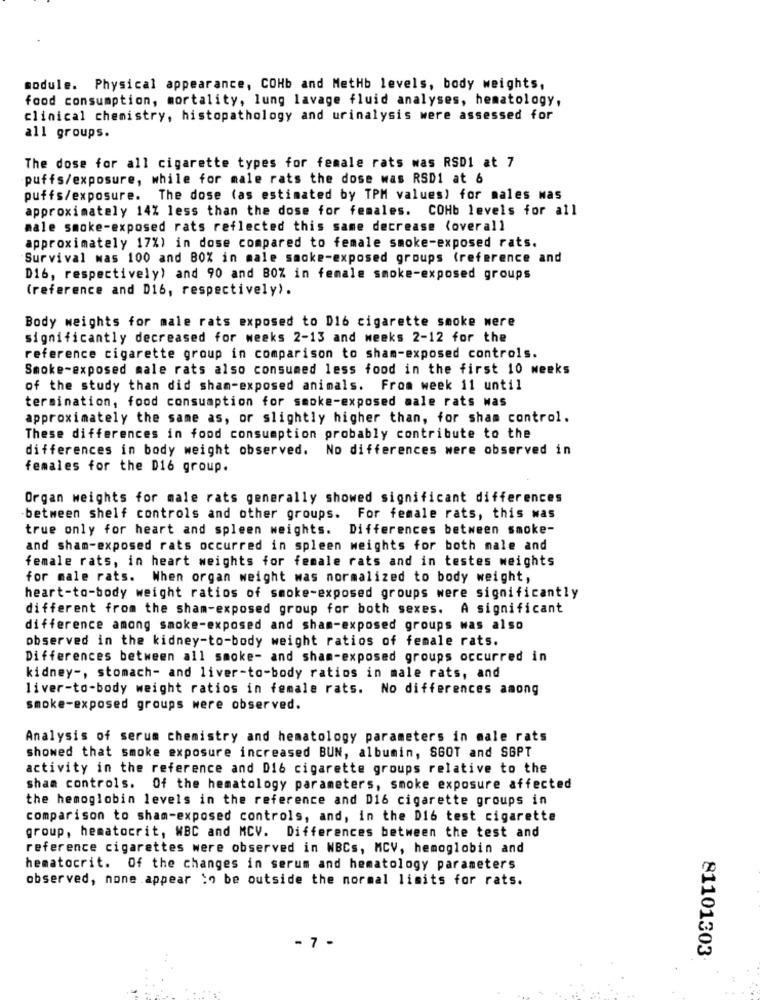
module. Physical appearance, COHb and MetHb levels, body weights,
food consumption, mortality, lung lavage fluid analyses, hematology,
clinical chemistry, histopathology and urinalysis were assessed for
all groups.
The dose for all cigarette types for female rats was RSD1 at 7
puffs/exposure, while for male rats the dose was RSD1 at 6
puffs/exposure. The dose (as estimated by TPM values) for males was
approximately 14% less than the dose for females. COHb levels for all
male smoke-exposed rats reflected this same decrease (overall
approximately 17%) in dose compared to female smoke-exposed rats.
Survival was 100 and BOX in male smoke-exposed groups (reference and
Di6, respectively) and 90 and 80% in female smoke-exposed groups
(reference and D16, respectively).
Body weights for male rats exposed to D16 cigarette smoke were
significantly decreased for weeks 2-13 and weeks 2-12 for the
reference cigarette group in comparison to sham-exposed controls.
Smoke-exposed male rats also consumed less food in the first 10 weeks
of the study than did sham-exposed animals. From week 11 until
termination, food consumption for smoke-exposed male rats was
approximately the same as, or slightly higher than, for sham control.
These differences in food consumption probably contribute to the
differences in body weight observed. No differences were observed in
females for the D16 group.
Organ weights for male rats generally showed significant differences
between shelf controls and other groups. For female rats, this was
true only for heart and spleen weights. Differences between smoke-
and sham-exposed rats occurred in spleen weights for both male and
female rats, in heart weights for female rats and in testes weights
for male rats. When organ weight was normalized to body weight,
heart-to-body weight ratios of smoke-exposed groups were significantly
different from the sham-exposed group for both sexes. A significant
difference among smoke-exposed and sham-exposed groups was also
observed in the kidney-to-body weight ratios of female rats.
Differences between all smoke- and sham-exposed groups occurred in
kidney -, stomach- and liver-to-body ratios in male rats, and
liver-to-body weight ratios in female rats. No differences among
smoke-exposed groups were observed.
Analysis of serum chemistry and hematology parameters in male rats
showed that smoke exposure increased BUN, albumin, SGOT and SGPT
activity in the reference and Di6 cigarette groups relative to the
sham controls. Of the hematology parameters, smoke exposure affected
the hemoglobin levels in the reference and D16 cigarette groups in
comparison to sham-exposed controls, and, in the D16 test cigarette
group, hematocrit, WBC and MCV. Differences between the test and
reference cigarettes were observed in WBCs, MCV, hemoglobin and
hematocrit. Of the changes in serum and hematology parameters
observed, none appear to be outside the normal limits for rats.
- 7 -
81101303